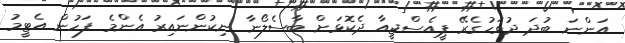
އަންނަ ބުދަ ދުވަހުގެރޭ ޕީއެސްޖީއާ ދެކޮޅަށް ބާސެލޯނާ ނިކުންނައިރު އެންމެ ފަހުން އެޓީމު